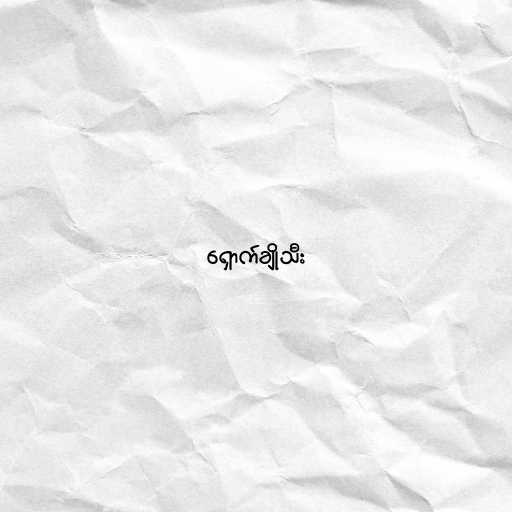
ရှောက်ချိုသီး